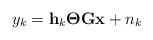
LaTeX: \begin{align*}y_k = \mathbf{h}_{k} \boldsymbol{\Theta} \mathbf{G} \mathbf{x}+n_k\end{align*}